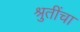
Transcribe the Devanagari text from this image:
श्रुतींचा